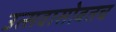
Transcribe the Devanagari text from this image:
उत्सवासोबतच